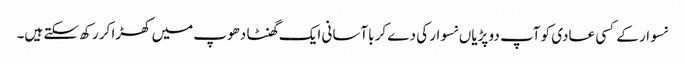
نسوار کے کسی عادی کو آپ دو پڑیاں نسوار کی دے کر باآسانی ایک گھنٹا دھوپ میں کھڑا کر رکھ سکتے ہیں۔